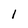
Character: l